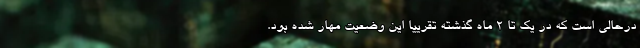
درحالی است که در یک تا ۲ ماه گذشته تقرییا این وضعیت مهار شده بود.